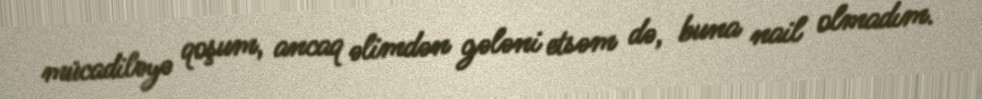
mücadiləyə qoşum, ancaq əlimdən gələni etsəm də, buna nail olmadım.